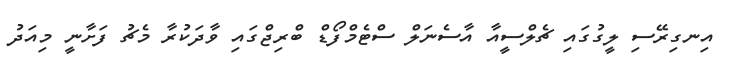
އިނގިރޭސި ލީގުގައި ޗެލްސީއާ އާސެނަލް ސްޓެމްފޯޑް ބްރިޖްގައި ވާދަކުރާ މެޗު ފަށާނީ މިއަދު